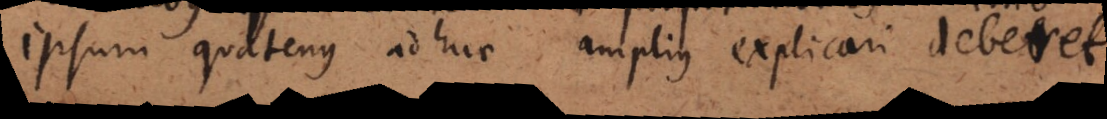
ipsum quatenus adhuc amplius explicari debet